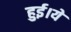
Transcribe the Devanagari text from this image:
हुई।ये